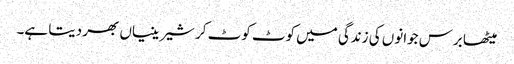
میٹھا برس جوانوں کی زندگی میں کوٹ کوٹ کر شیرینیاں بھر دیتا ہے۔